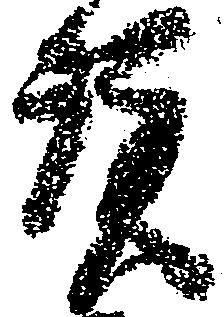
預